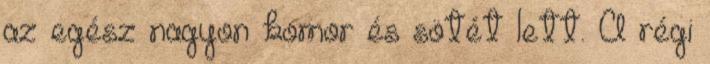
az egész nagyon komor és sötét lett. A régi